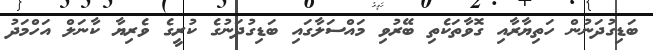
ބަޑިގުދަނުން ހަތިޔާރާއި ގޮވާތަކެތި ބޭރުވި މައްސަލާގައި ބަޑިގުދަނުގެ ކުރީގެ ވެރިޔާ ކާނަލް އަހްމަދު